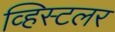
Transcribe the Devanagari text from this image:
व्हिस्टलर